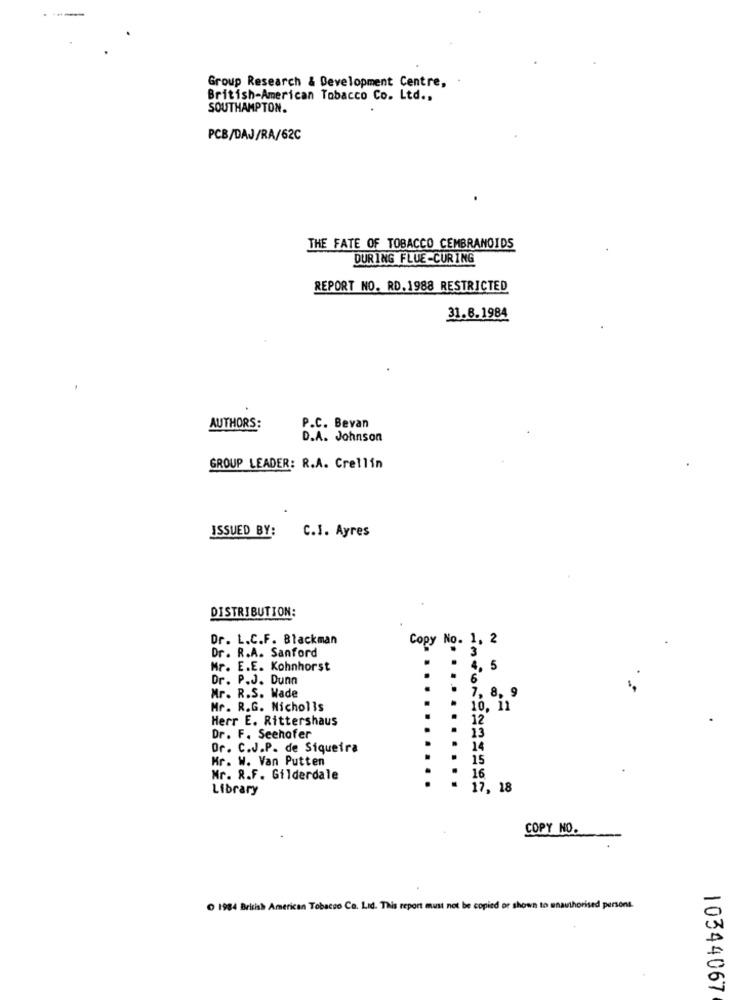
Group Research & Development Centre,
British-American Tobacco Co. Ltd .,
SOUTHAMPTON.
PCB/DAJ/RA/62C
THE FATE OF TOBACCO CEMBRANOIDS
DURING FLUE-CURING
REPORT NO. RD.1988 RESTRICTED
31.8.1984
AUTHORS:
P.C. Bevan
D.A. Johnson
GROUP LEADER: R.A. Crellin
ISSUED BY:
C.I. Ayres
DISTRIBUTION:
Dr. L.C.F. Blackman
Copy No. 1, 2
Dr. R.A. Sanford
3
Mr. E.E. Kohnhorst
4, 5
Dr. P.J. Dunn
6
Mr. R.S. Wade
7, 8, 9
Mr. R.G. Nicholls
10, in
Herr E. Rittershaus
12"
13
Dr. F. Seehofer
Or. C.J.P. de Siqueira
14
Mr. W. Van Putten
15
Mr. R.F. Gilderdale
16
Library
17. 18
COPY NO.
1984 British American Tobacco Co. Lid. This report must not be copied or shown to unauthorised persons.
10344067